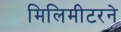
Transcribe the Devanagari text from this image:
मिलिमीटरने